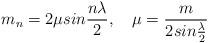
LaTeX: \begin{align*}m_{n}=2\mu sin\frac{n\lambda }{2},\quad \mu =\frac{m}{2sin\frac{\lambda }{2}}\end{align*}